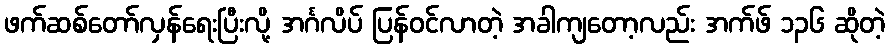
ဖက်ဆစ်တော်လှန်ရေးပြီးလို့ အင်္ဂလိပ် ပြန်ဝင်လာတဲ့ အခါကျတော့လည်း အက်ဖ် ၁၃၆ ဆိုတဲ့